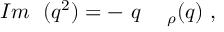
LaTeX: { \cal I } m \ { \bf \Sigma } ( q ^ { 2 } ) = - \ q \, \mathrm { \large ~ \Gamma ~ } _ { \rho } ( q ) \ ,